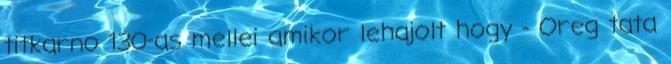
titkarno 130-as mellei amikor lehajolt hogy - Oreg tata